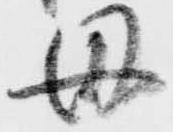
母